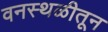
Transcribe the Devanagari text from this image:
वनस्थळीतून